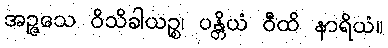
အဉ္ဇသေ ဝိသိခါယဉ္စ၊ ပန္တိယံ ဝီထိ နာရိယံ။